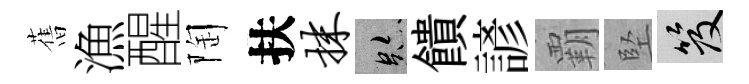
𦾔漁醒陶扶抹跡饋諺覇堅笈